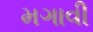
મગાવી